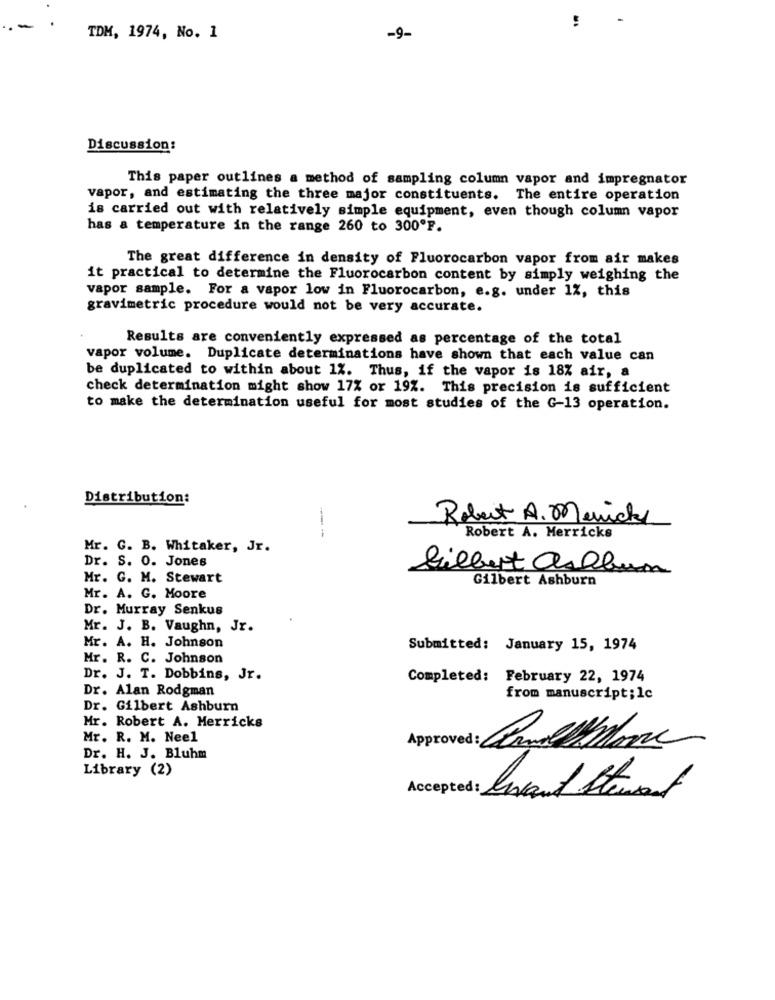
-9.
TDM, 1974, No. 1
Discussion:
This paper outlines a method of sampling column vapor and impregnator
vapor, and estimating the three major constituents. The entire operation
is carried out with relatively simple equipment, even though column vapor
has a temperature in the range 260 to 300ºF.
The great difference in density of Fluorocarbon vapor from air makes
it practical to determine the Fluorocarbon content by simply weighing the
vapor sample. For a vapor low in Fluorocarbon, e.g. under 1%, this
gravimetric procedure would not be very accurate.
Results are conveniently expressed as percentage of the total
vapor volume. Duplicate determinations have shown that each value can
be duplicated to within about 1%. Thus, if the vapor is 18% air, a
check determination might show 17% or 19%. This precision is sufficient
to make the determination useful for most studies of the G-13 operation.
Distribution:
Robert A. Merick
---
Robert A. Merricks
Mr. G. B. Whitaker, Jr.
Dr. S. 0. Jones
Gilbert asllu
Mr. G. M. Stewart
Gilbert Ashburn
Mr. A. G. Moore
Dr. Murray Senkus
Mr. J. B. Vaughn, Jr.
Mr. A. H. Johnson
Submitted: January 15, 1974
Mr. R. C. Johnson
Dr. J. T. Dobbins, Jr.
Completed: February 22, 1974
Dr. Alan Rodgman
from manuscript; 1c
Dr. Gilbert Ashburn
Mr. Robert A. Merricks
Mr. R. M. Neel
Dr. H. J. Bluhm
Library (2)
Accepted : Avant Stement